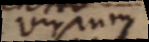
viriumm